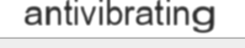
antivibrating